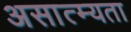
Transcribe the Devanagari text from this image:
असात्म्यता